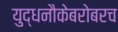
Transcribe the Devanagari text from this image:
युद्धनौकेबरोबरच